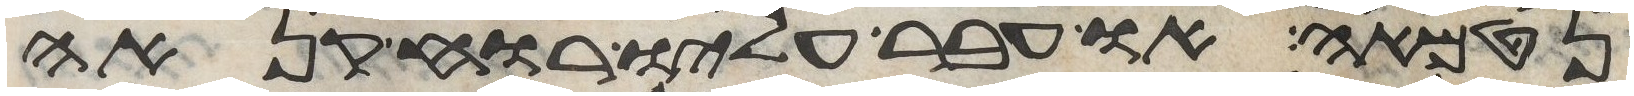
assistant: נטמאה או עבר עליו רוח קנאה